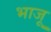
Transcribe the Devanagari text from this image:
भाजू